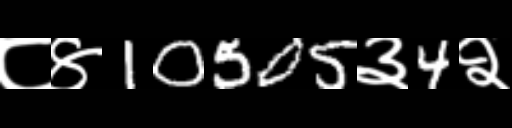
Text: ८४10505३4२